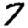
Digit: 7